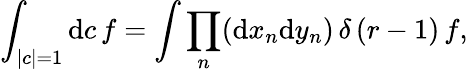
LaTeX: \int_{|c|=1}\mathrm{d}c\, f=\int\prod_{n}(\mathrm{d}x_{n}\mathrm{d}y_{n})\, \delta\left(r-1\right)\, f,